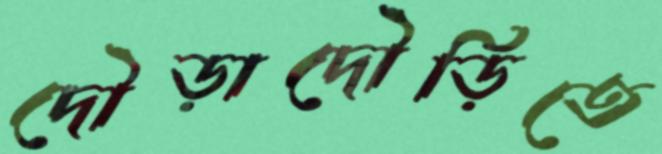
দৌড়াদৌড়িতে